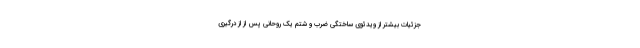
جزئیات بیشتر از ویدئوی ساختگی ضرب و شتم یک روحانی پس از از درگیری